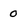
Character: 0